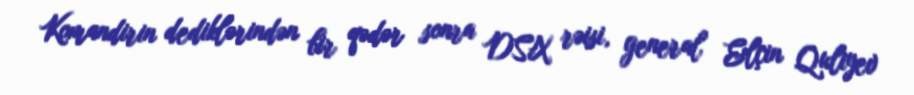
Komandirin dediklərindən bir qədər sonra DSX rəisi, general Elçin Quliyev